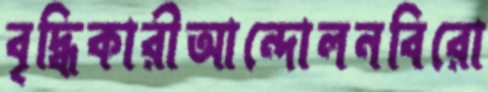
বৃদ্ধিকারীআন্দোলনবিরো